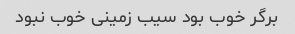
برگر خوب بود سیب زمینی خوب نبود